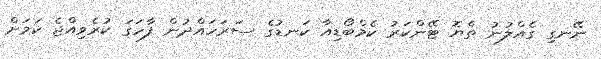
ނޭނގި ގެއްލުނު ތެޔޮ ޓޭންކަރު ކެމްބޯޑިއާ ކަނޑުގެ ސަރަހައްދުން ފާހަގަ ކުރެވިއްޖެ ކަމަށް